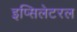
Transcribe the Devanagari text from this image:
इप्सिलेटरल